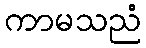
ကာမသညံ